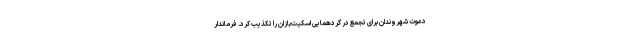
دعوت شهروندان برای تجمع در گردهمایی اسکیت‌بازان را تکذیب کرد. فرماندار